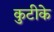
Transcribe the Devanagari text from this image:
कुटीके